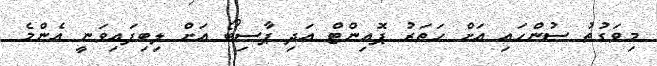
މިވަގުތު ސުންހައި އަށް ހަތަރު ޕޮއިންޓް އަދި ޕާސިބޯ އަށް ލިބިފައިވަނީ އެންމެ